Plague in India, 1896, 1897 - Volume 2
Year: 1896
Disease focus: Plague
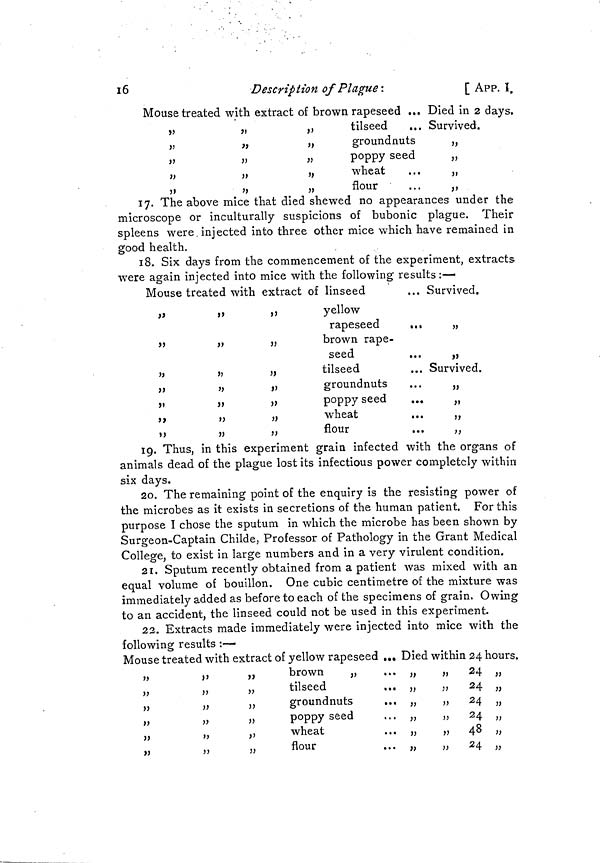
16
Description of Plague:
[
APP. 1
Mouse treated with extract of brown rapeseed ...
tilseed
groundnuts
poppy seed
wheat
flour
Died in 2
Survived.
days.
17. The above mice that died shewed no appearances under the
microscope or inculturally suspicions of bubonic plague. Their
spleens were injected into three other mice which have remained in
good health.
18. Six days from the commencement of the experiment, extracts
were again injected into mice with the following; results :—
Mouse treated with extract of linseed
yellow
rapeseed
brown rape-
seed
tilseed
groundnuts
poppy seed
wheat
flour
... Survived.
... Survived.
19. Thus, in this experiment grain infected with the organs of
animals dead of the plague lost its infectious power completely within
six days.
20. The remaining point of the enquiry is the resisting power of
the microbes as it exists in secretions of the human patient. For this
purpose I chose the sputum in which the microbe has been shown by
Surgeon-Captain Childe, Professor of Pathology in the Grant Medical
College, to exist in large numbers and in a very virulent condition.
21. Sputum recently obtained from a patient was mixed with an
equal volume of bouillon. One cubic centimetre of the mixture was
immediately added as before to each of the specimens of grain. Owing
to an accident, the linseed could not be used in this experiment.
23. Extracts made immediately were injected into mice with the
following results :—
Mouse treated with extract of yellow rapeseed ... Died within 24 hours.
brown
„
tilseed
groundnuts
poppy seed
wheat
flour
... „
... ,,
... ,,
... ,,
... ,,
... ,,
24
24
24
24
48
24